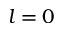
l = 0